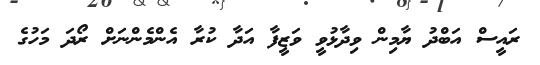
ރައީސް އަބްދު ޔާމިން ވިދާޅުވީ ވަޒީފާ އަދާ ކުރާ އެންމެންނަށް ރޯދަ މަހުގެ